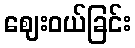
ဈေးဝယ်ခြင်း